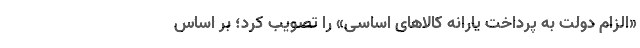
«الزام دولت به پرداخت یارانه کالاهای اساسی» را تصویب کرد؛ بر اساس